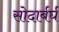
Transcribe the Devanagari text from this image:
सोदार्बर्घ